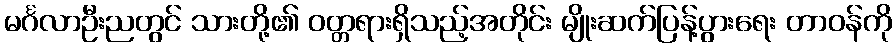
မင်္ဂလာဦးညတွင် သားတို့၏ ဝတ္တရားရှိသည့်အတိုင်း မျိုးဆက်ပြန့်ပွားရေး တာဝန်ကို